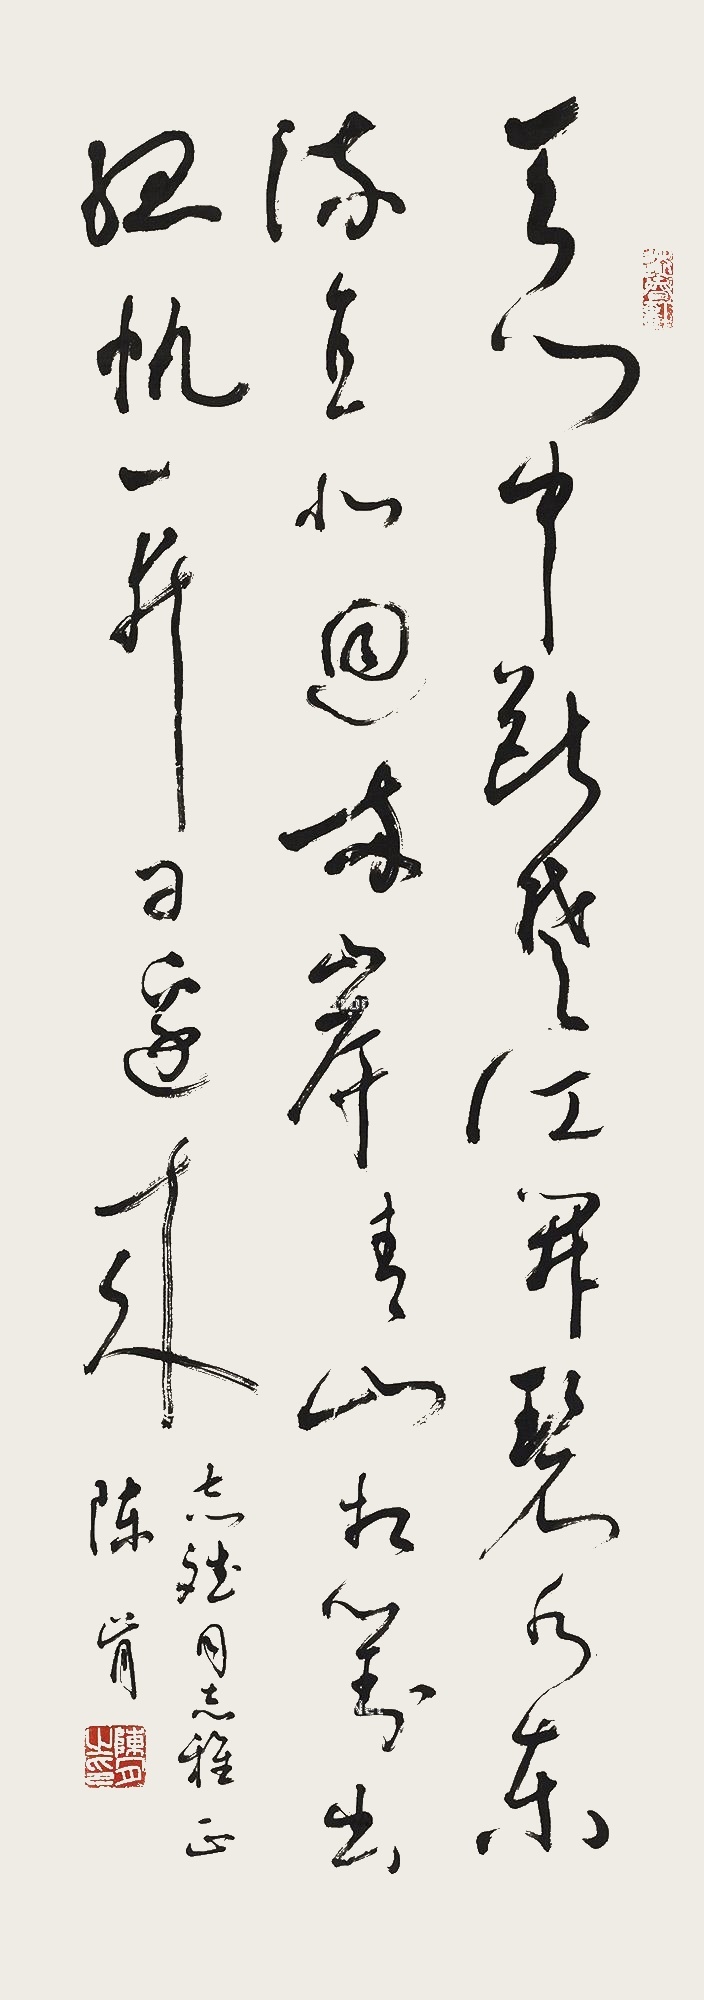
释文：天门中断楚江开，碧水东流至此回。两岸青山相对出，孤帆一片日边来。志斌同志雅正，陈肯。